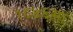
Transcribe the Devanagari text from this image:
१८४६मा